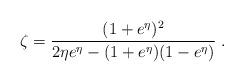
LaTeX: \begin{align*} \zeta = \frac{(1+e^{\eta})^2}{2\eta e^{\eta}-(1+e^{\eta})(1-e^{\eta})} \;.\end{align*}